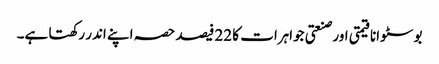
بوسٹوانا قیمتی اور صنعتی جواہرات کا 22 فیصد حصہ اپنے اندر رکھتا ہے۔